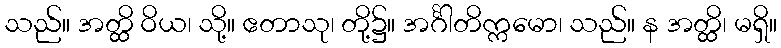
သည်။ အတ္ထိ ဝိယ၊ သို့။ ဧတာသု၊ တို့၌။ အင်္ဂါတိက္ကမော၊ သည်။ န အတ္ထိ၊ မရှိ။